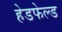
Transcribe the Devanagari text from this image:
हेडफेल्ड